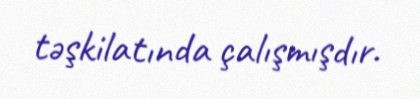
təşkilatında çalışmışdır.